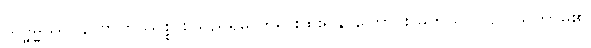
သဒ္ဓမ္မဿဝန၊ ဗာဟုဿစ္စ စသည်ရှိမှု တရားထူးရနိုင်ကြောင်း မိကသာလဥပါသိကာမ၏